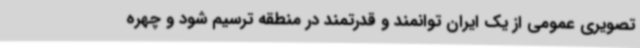
تصویری عمومی از یک ایران توانمند و قدرتمند در منطقه ترسیم شود و چهره